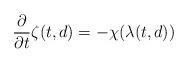
LaTeX: \begin{align*}\frac{\partial }{\partial t}\zeta(t,d)=-\chi(\lambda(t,d))\end{align*}